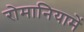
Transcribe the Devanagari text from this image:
रोमानियामें